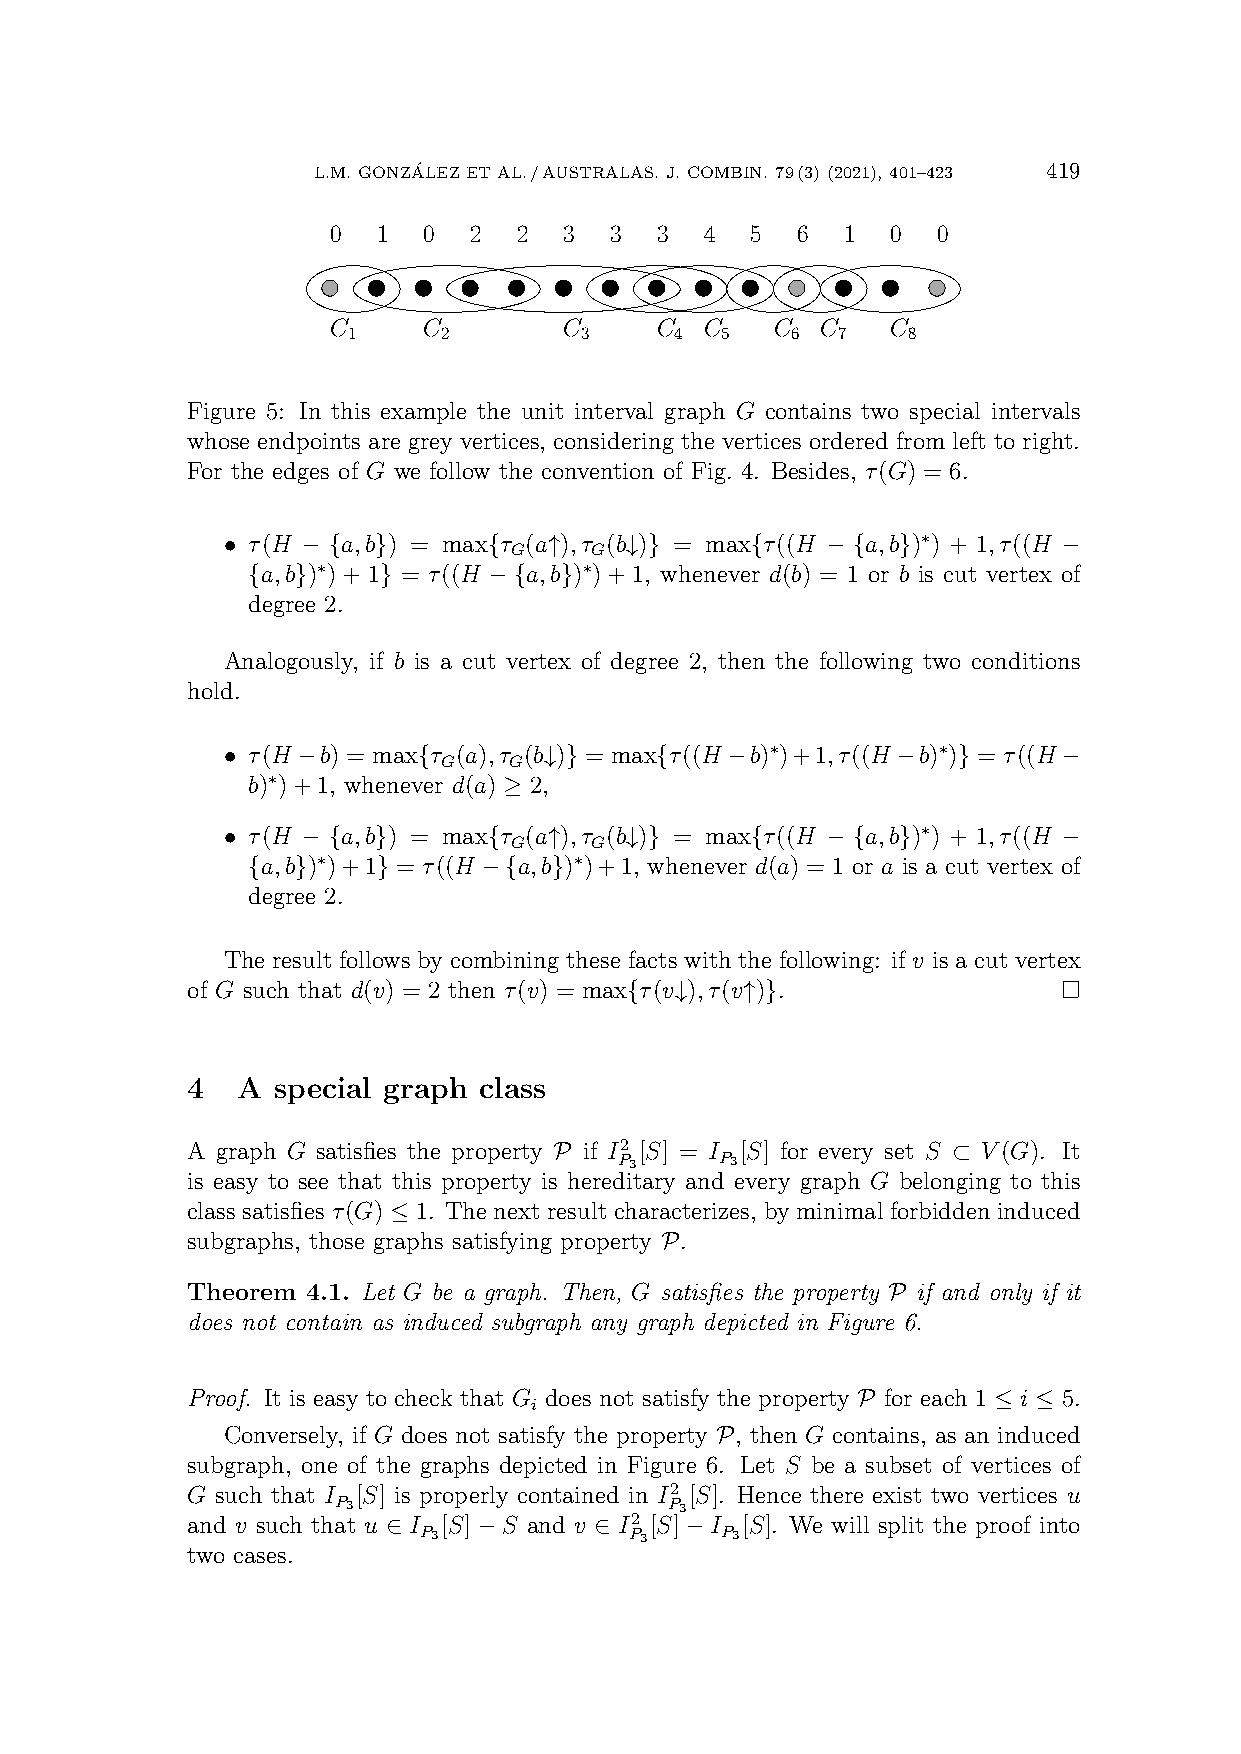
L.M. GONZA´LEZ ET AL./AUSTRALAS. J. COMBIN. 79(3) (2021), 401–423 419
 0  1  0  2  2  3  3  3   4  5  6  1  0  0
 C     C        C     C   C   C  C    C
 1     2        3      4  5   6  7    8
 Figure 5: In this example the unit interval graph G contains two special intervals
 whose endpoints are grey vertices, considering the vertices ordered from left to right.
 For the edges of G we follow the convention of Fig. 4. Besides, τ(G) = 6.
 • τ(H − {a,b}) = max{τ (a↑),τ (b↓)} = max{τ((H − {a,b})∗) + 1,τ((H −
 G    G
 {a,b})∗)+1} = τ((H −{a,b})∗)+1, whenever d(b) = 1 or b is cut vertex of
 degree 2.
 Analogously, if b is a cut vertex of degree 2, then the following two conditions
 hold.
 • τ(H−b) = max{τ (a),τ (b↓)} = max{τ((H−b)∗)+1,τ((H−b)∗)} = τ((H−
 G    G
 b)∗)+1, whenever d(a) ≥ 2,
 • τ(H − {a,b}) = max{τ (a↑),τ (b↓)} = max{τ((H − {a,b})∗) + 1,τ((H −
 G    G
 {a,b})∗)+1} = τ((H −{a,b})∗)+1, whenever d(a) = 1 or a is a cut vertex of
 degree 2.
 The result follows by combining these facts with the following: if v is a cut vertex
 of G such that d(v) = 2 then τ(v) = max{τ(v↓),τ(v↑)}.
 4   A special graph class
 A graph G satisfies the property P if I2 [S] = I [S] for every set S ⊂ V(G). It
 P3     P3
 is easy to see that this property is hereditary and every graph G belonging to this
 class satisfies τ(G) ≤ 1. The next result characterizes, by minimal forbidden induced
 subgraphs, those graphs satisfying property P.
 Theorem 4.1. Let G be a graph. Then, G satisfies the property P if and only if it
 does not contain as induced subgraph any graph depicted in Figure 6.
 Proof. It is easy to check that G does not satisfy the property P for each 1 ≤ i ≤ 5.
 i
 Conversely, if G does not satisfy the property P, then G contains, as an induced
 subgraph, one of the graphs depicted in Figure 6. Let S be a subset of vertices of
 G such that I [S] is properly contained in I2 [S]. Hence there exist two vertices u
 P3                    P3
 and v such that u ∈ I [S]−S and v ∈ I2 [S]−I [S]. We will split the proof into
 P3            P3    P3
 two cases.